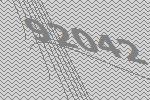
92042